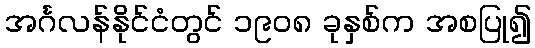
အင်္ဂလန်နိုင်ငံတွင် ၁၉၀၈ ခုနှစ်က အစပြု၍